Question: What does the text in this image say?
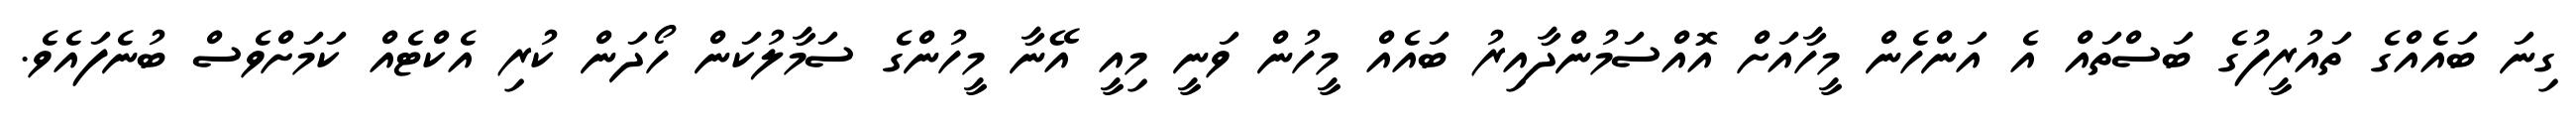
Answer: ގިނަ ބައެއްގެ ތައުރީފުގެ ބަސްތައް އެ އަންހެން މީހާއަށް އޮއްސަމުންދާއިރު ބައެއް މީހުން ވަނީ މިއީ އޭނާ މީހުންގެ ސަމާލުކަން ހޯދަން ކުރި އެކްޓެއް ކަމަށްވެސް ބުނެފައެވެ.